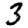
Digit: 3